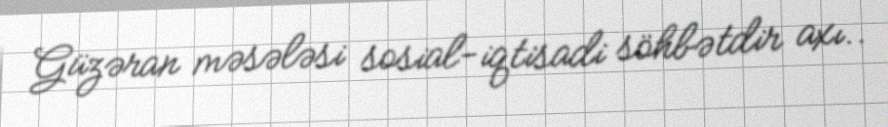
Güzəran məsələsi sosial-iqtisadi söhbətdir axı..